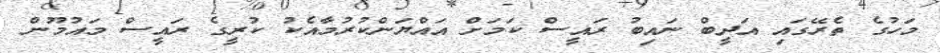
މަހުގެ ތެރޭގައި އަދީބް ނައިބު ރައީސް ކަމަށް އައްޔަންކުރުމާއެކު ކުރީގެ ރައީސް މައުމޫން